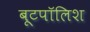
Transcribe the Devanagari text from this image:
बूटपॉलिश